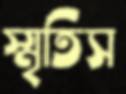
স্মৃতিস